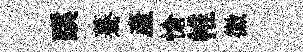
蹊驀産愴帷徽